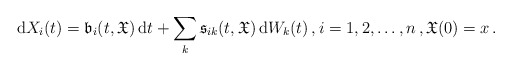
\begin{align*}\mathrm{d}X_i(t) = \mathfrak{b}_i(t,\mathfrak{X})\, \mathrm{d}t + \sum_{k}\mathfrak{s}_{ik}(t,\mathfrak{X}) \,\mathrm{d}W_k(t)\,, i=1,2,\dots,n\,,\mathfrak{X}(0) = x\,.\end{align*}